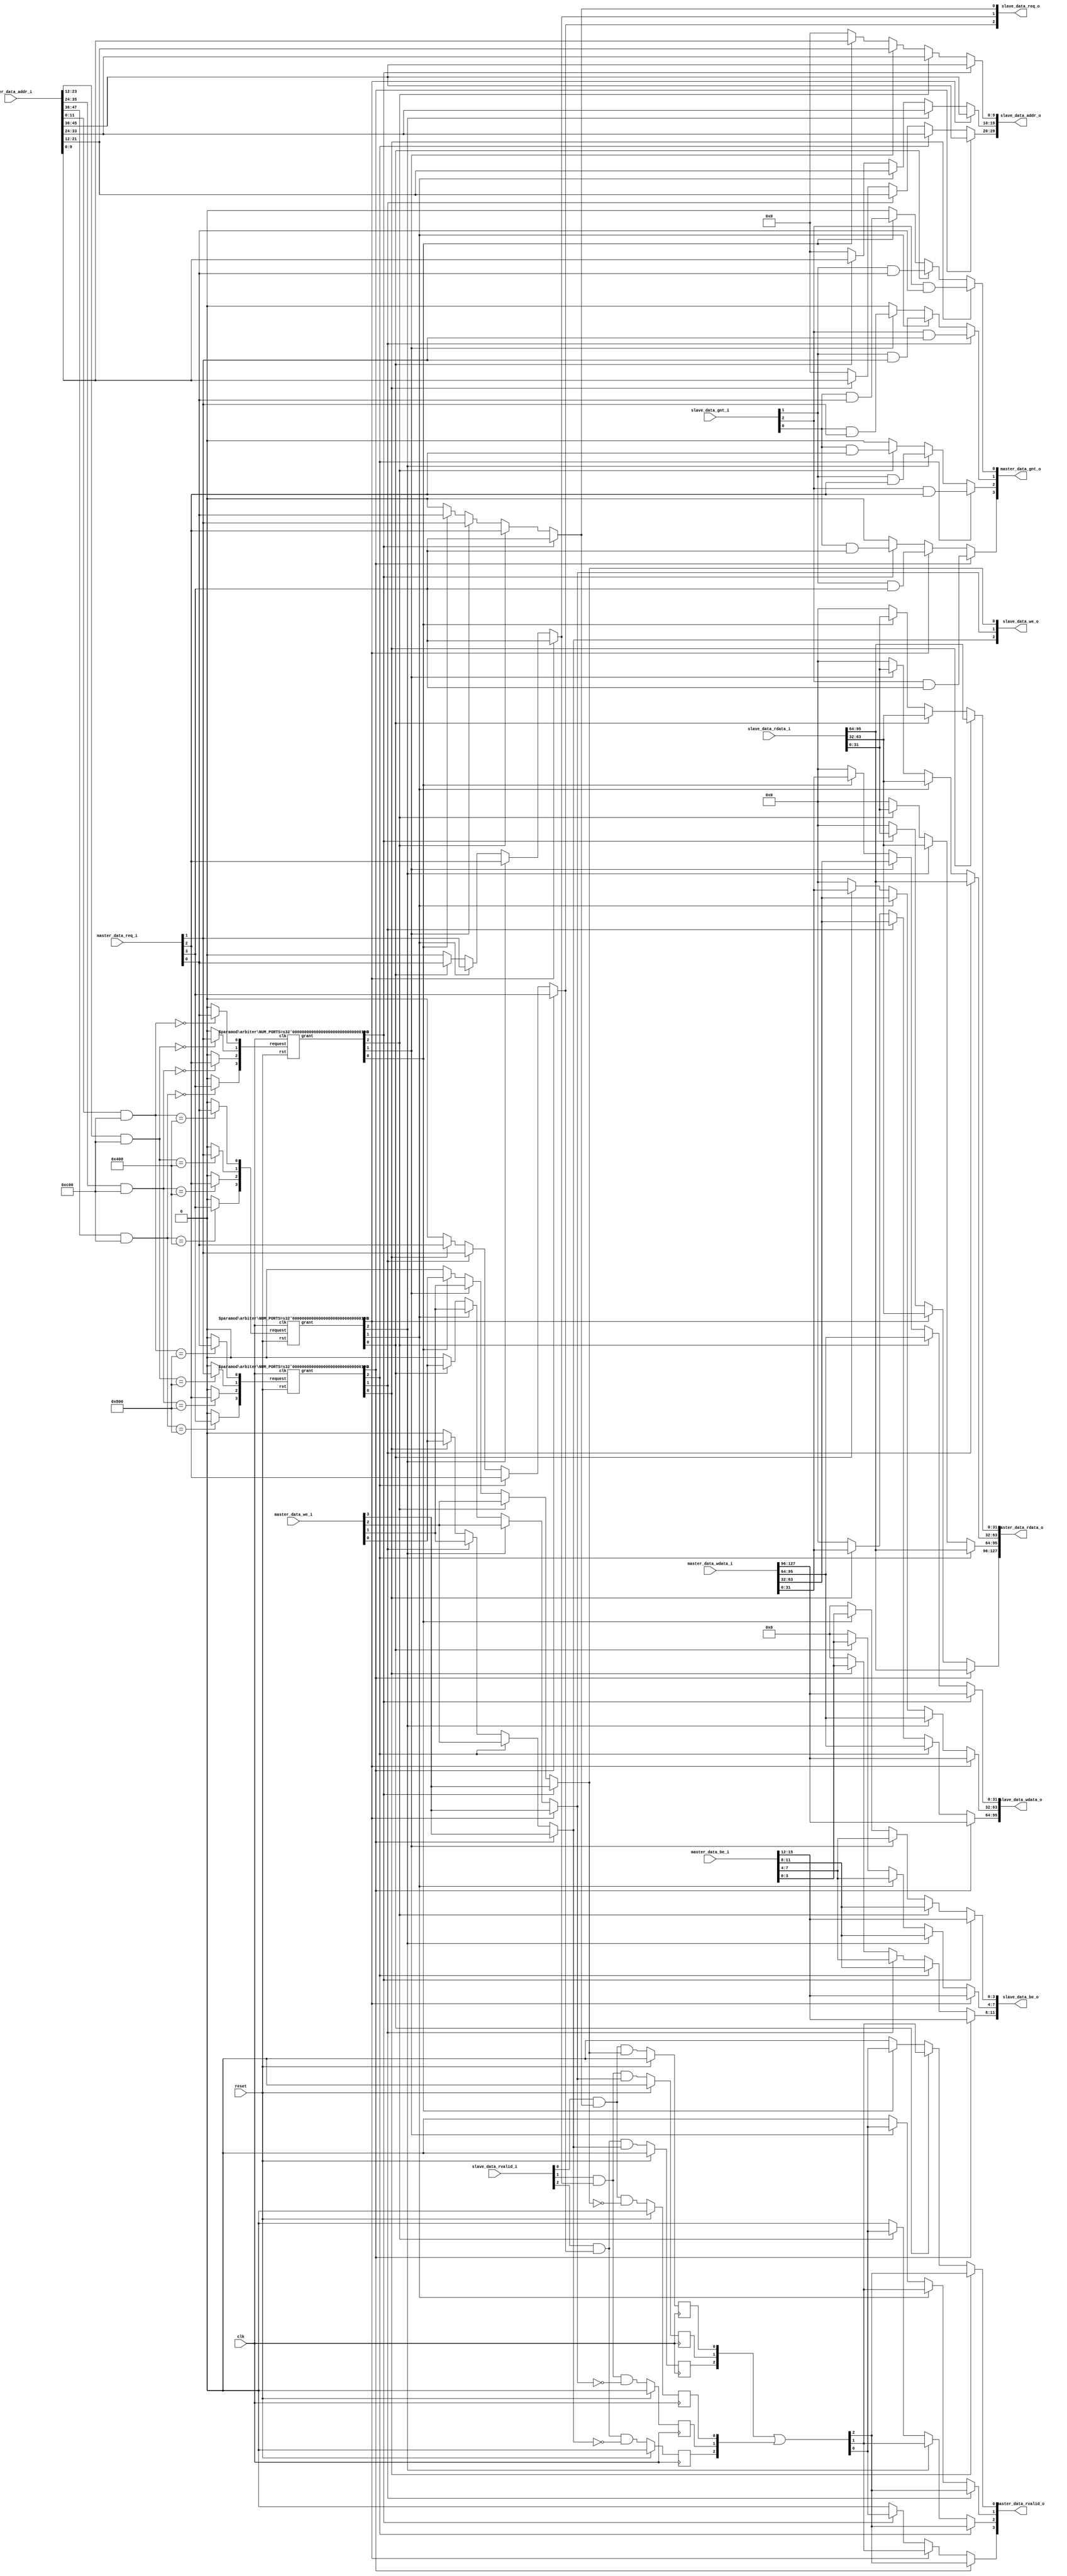
// SPDX-FileCopyrightText: 
// 2021 Andrew Attwood
// 2021 Thinh Pham
//
// Licensed under the Apache License, Version 2.0 (the "License");
// you may not use this file except in compliance with the License.
// You may obtain a copy of the License at
//
//      http://www.apache.org/licenses/LICENSE-2.0
//
// Unless required by applicable law or agreed to in writing, software
// distributed under the License is distributed on an "AS IS" BASIS,
// WITHOUT WARRANTIES OR CONDITIONS OF ANY KIND, either express or implied.
// See the License for the specific language governing permissions and
// limitations under the License.
//
// SPDX-License-Identifier: Apache-2.0

module inter #(
        parameter DATA_WIDTH = 32,
        parameter MASTER_ADDR_WIDTH = 12,
        parameter SLAVE_ADDR_WIDTH = 10,
        parameter MASTERS = 4,
        parameter SLAVES = 3,
        parameter [SLAVES * MASTER_ADDR_WIDTH - 1 :0] MASTER_ADDR_MATCH   = {12'h800, 12'h400, 12'h0},
        parameter [SLAVES * MASTER_ADDR_WIDTH - 1 :0] MASTER_ADDR_MASK = { 12'hC00, 12'hC00, 12'hC00}
)(
        clk,
        reset,
        master_data_req_i,
        master_data_addr_i,
        master_data_we_i,
        master_data_be_i,
        master_data_wdata_i,
        master_data_rdata_o,
        master_data_rvalid_o,
        master_data_gnt_o,
        slave_data_req_o,
        slave_data_addr_o,
        slave_data_we_o,
        slave_data_be_o,
        slave_data_wdata_o,
        slave_data_rdata_i,
        slave_data_rvalid_i,
        slave_data_gnt_i
);

        input clk;
        input reset;
        input wire [(MASTERS * MASTER_ADDR_WIDTH) - 1:0] master_data_addr_i;
        input wire [(MASTERS * DATA_WIDTH)        - 1:0] master_data_wdata_i;
        input wire [(MASTERS * (DATA_WIDTH / 8))  - 1:0] master_data_be_i;
        input wire [ MASTERS                      - 1:0] master_data_req_i;
        input wire [ MASTERS                      - 1:0] master_data_we_i;
        output reg [(MASTERS * DATA_WIDTH)        - 1:0] master_data_rdata_o;
        output reg [ MASTERS                      - 1:0] master_data_rvalid_o;
        output reg [ MASTERS                      - 1:0] master_data_gnt_o;

        output reg [(SLAVES * SLAVE_ADDR_WIDTH)   - 1:0] slave_data_addr_o;
        output reg [(SLAVES * DATA_WIDTH)         - 1:0] slave_data_wdata_o;
        output reg [(SLAVES * (DATA_WIDTH / 8))   - 1:0] slave_data_be_o;
        output reg [ SLAVES                       - 1:0] slave_data_req_o;
        output reg [ SLAVES                       - 1:0] slave_data_we_o;
        input wire [(SLAVES * DATA_WIDTH)         - 1:0] slave_data_rdata_i;
        input wire [ SLAVES                       - 1:0] slave_data_rvalid_i;
        input wire [ SLAVES                       - 1:0] slave_data_gnt_i;

        reg arb_to_master_grant [MASTERS - 1:0];
     //   wire arb_active;
        genvar i;
        //genvar j;
        reg [(SLAVES * MASTERS) - 1:0] arbiter_request;
        wire [(SLAVES * MASTERS) - 1:0] arbiter_grant;
       //parameter [$clog2(SLAVES):0] PARAM_SLAVE_ADDR = 2'b10;

            for (i = 0; i < SLAVES; i = i + 1) begin 
                always @(*)
                begin : gen_arbiter_request
                        integer j;
                        for (j = 0; j < MASTERS; j = j + 1)
                               arbiter_request[(i * MASTERS) + j] = (( master_data_addr_i[ j * MASTER_ADDR_WIDTH +: MASTER_ADDR_WIDTH ] & MASTER_ADDR_MASK[ i * MASTER_ADDR_WIDTH +: MASTER_ADDR_WIDTH ]) ==  MASTER_ADDR_MATCH[ i * MASTER_ADDR_WIDTH +: MASTER_ADDR_WIDTH ] )? master_data_req_i[j] : 0;
                end
            end
            for (i = 0; i < MASTERS; i = i + 1) begin : sv2v_autoblock_1
                always @(*)begin :always_block
                    reg local_arb_grant;
                    local_arb_grant = 1'b0;
                    begin : sv2v_autoblock_2
     //                                   reg signed [31:0] j;
                                        integer j;
                                        for (j = 0; j < SLAVES; j = j + 1)
                                                local_arb_grant = local_arb_grant | arbiter_grant[(j * MASTERS) + i];
                                end
                                arb_to_master_grant[i] = local_arb_grant;
                    end
            end


        generate
                for (i = 0; i < SLAVES; i = i + 1) begin : generate_arbiters
                        arbiter #(.NUM_PORTS(MASTERS)) i_arb(
                                .clk(clk),
                                .rst(reset),
                                .request(arbiter_request[(i * MASTERS) + (MASTERS - 1)-:MASTERS]),
                                .grant(arbiter_grant[(i * MASTERS) + (MASTERS - 1)-:MASTERS])

                        );
                end
        endgenerate
        genvar a,t;

         generate
                 for ( a = 0; a < SLAVES; a = a + 1)
                        begin : slave_out1
                                 integer t;
                                always @(*)
                                begin

                                        slave_data_addr_o[a * SLAVE_ADDR_WIDTH+:SLAVE_ADDR_WIDTH] = 0;
                                        slave_data_we_o[a] = 0;
                                        slave_data_be_o[a * (DATA_WIDTH / 8)+:DATA_WIDTH / 8] = 0;
                                        slave_data_wdata_o[a * DATA_WIDTH+:DATA_WIDTH] = 0;
                                        slave_data_req_o[a] = 0;

                                        for (  t = 0; t < MASTERS; t = t + 1)
                                        begin : slave_out2


                                                if (arbiter_grant[(a*MASTERS) + t] == 1'b1) begin : slave_out
                                                        slave_data_addr_o[a * SLAVE_ADDR_WIDTH+:SLAVE_ADDR_WIDTH] = master_data_addr_i[t * MASTER_ADDR_WIDTH+:SLAVE_ADDR_WIDTH];
                                                        slave_data_we_o[a] = master_data_we_i[t];
                                                        slave_data_be_o[a * (DATA_WIDTH / 8)+:DATA_WIDTH / 8] = master_data_be_i[t * (DATA_WIDTH / 8)+:DATA_WIDTH / 8];
                                                        slave_data_wdata_o[a * DATA_WIDTH+:DATA_WIDTH] = master_data_wdata_i[t * DATA_WIDTH+:DATA_WIDTH];
                                                        //need to fix
                                                        slave_data_req_o[a] = master_data_req_i[t];
                                                end
                                        end
                                end


                        end
         endgenerate

        wire [SLAVES - 1:0]  slave_data_rvalid;
        generate
        for (i = 0; i < MASTERS; i = i + 1)
                begin :m_data1
                        integer k;
                        always @(*)
                        begin :m_data2
                                master_data_rdata_o[i * DATA_WIDTH+:DATA_WIDTH] = 0;
                                master_data_rvalid_o[i] = 0;
                                master_data_gnt_o[i] = 0;
                                for (k = 0; k < SLAVES; k = k + 1)
                                begin
                                        if (arbiter_grant[(k * MASTERS) + i] == 1'b1)
                                        begin
                                                master_data_rdata_o[i * DATA_WIDTH+:DATA_WIDTH] = slave_data_rdata_i[k * DATA_WIDTH+:DATA_WIDTH];
                                                master_data_rvalid_o[i] = slave_data_rvalid[k];
                                                master_data_gnt_o[i] = slave_data_gnt_i[k] & master_data_req_i[i] ;
                                        end
                                end
                        end
                end
        endgenerate

    reg  [SLAVES - 1:0]  slave_data_rvalid_write;
    reg  [SLAVES - 1:0]  slave_data_rvalid_read;
    assign slave_data_rvalid = slave_data_rvalid_write | slave_data_rvalid_read;

    //for sram interfaces rvalid should be high following gnt(1) + we_o(0)
    generate
        for (i = 0; i < SLAVES; i = i + 1) begin : gen_slave_data_rvalid
            always @(posedge clk) begin
                if (reset) slave_data_rvalid_read[i] = 0;
                else       slave_data_rvalid_read[i] = slave_data_rvalid_i[i] && 
                                                       slave_data_req_o[i]    && 
                                                       ~slave_data_we_o[i];
            end

            always @(posedge clk) begin
                if (reset) slave_data_rvalid_write[i] = 0;                   
                else       slave_data_rvalid_write[i] = slave_data_rvalid_i[i] &&
                                                        slave_data_req_o[i]    && 
                                                        slave_data_we_o[i];
            end
        end
    endgenerate

endmodule

/**
The MIT License (MIT)

Copyright (c) 2013 Berin Martini

Permission is hereby granted, free of charge, to any person obtaining a copy
of this software and associated documentation files (the "Software"), to deal
in the Software without restriction, including without limitation the rights
to use, copy, modify, merge, publish, distribute, sublicense, and/or sell
copies of the Software, and to permit persons to whom the Software is
furnished to do so, subject to the following conditions:

The above copyright notice and this permission notice shall be included in
all copies or substantial portions of the Software.

THE SOFTWARE IS PROVIDED "AS IS", WITHOUT WARRANTY OF ANY KIND, EXPRESS OR
IMPLIED, INCLUDING BUT NOT LIMITED TO THE WARRANTIES OF MERCHANTABILITY,
FITNESS FOR A PARTICULAR PURPOSE AND NONINFRINGEMENT. IN NO EVENT SHALL THE
AUTHORS OR COPYRIGHT HOLDERS BE LIABLE FOR ANY CLAIM, DAMAGES OR OTHER
LIABILITY, WHETHER IN AN ACTION OF CONTRACT, TORT OR OTHERWISE, ARISING FROM,
OUT OF OR IN CONNECTION WITH THE SOFTWARE OR THE USE OR OTHER DEALINGS IN
THE SOFTWARE.

 * Module: arbiter
 *
 * Description:
 *  A look ahead, round-robing parameterized arbiter.
 *
 * <> request
 *  each bit is controlled by an actor and each actor can 'request' ownership
 *  of the shared resource by bring high its request bit.
 *
 * <> grant
 *  when an actor has been given ownership of shared resource its 'grant' bit
 *  is driven high
 *
 * <> select
 *  binary representation of the grant signal (optional use)
 *
 * <> active
 *  is brought high by the arbiter when (any) actor has been given ownership
 *  of shared resource.
 *
 *
 *
 */
 
module arbiter     #(
    parameter NUM_PORTS=5
    )(
        clk,
        rst,
        request,
        grant
        //active
);
        parameter SEL_WIDTH = (NUM_PORTS > 1 ? $clog2(NUM_PORTS) : 1);
        input clk;
        input rst;
        input [NUM_PORTS - 1:0] request;
        output reg [NUM_PORTS - 1:0] grant;

        //output reg active;
        localparam WRAP_LENGTH = 2 * NUM_PORTS;
        function [SEL_WIDTH - 1:0] ff1;
                input [NUM_PORTS - 1:0] in;
                reg set;
                integer i;
                begin
                        set = 1'b0;
                        ff1 = 'b0;
                        for (i = 0; i < NUM_PORTS; i = i + 1)
                                if (in[i] & ~set) begin
                                        set = 1'b1;
                                        ff1 = i[0+:SEL_WIDTH];
                                end
                end
        endfunction
        integer yy;
        wire next;
        wire [NUM_PORTS - 1:0] order;
        reg [NUM_PORTS - 1:0] token;
        wire [NUM_PORTS - 1:0] token_lookahead [NUM_PORTS - 1:0];
        wire [WRAP_LENGTH - 1:0] token_wrap;
        assign token_wrap = {token, token};
        assign next = ~|(token & request);
        always @(posedge clk) grant <= token & request;

        //always @(posedge clk) active <= |(token & request);
        always @(posedge clk)
                if (rst)
                        token <= 'b1;
                else if (next)
                        for (yy = 0; yy < NUM_PORTS; yy = yy + 1)
                                begin : TOKEN_
                                        if (order[yy])
                                                token <= token_lookahead[yy];
                                end
        genvar xx;
        generate
                for (xx = 0; xx < NUM_PORTS; xx = xx + 1) begin : ORDER_
                        assign token_lookahead[xx] = token_wrap[xx+:NUM_PORTS];
                        assign order[xx] = |(token_lookahead[xx] & request);
                end
        endgenerate
endmodule